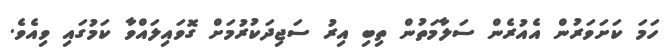
ހަމަ ކަށަވަރުން އެއުރެން ސަލާމަތުން ތިބި އިރު ސަޖިދަކުރުމަށް ގޮވައިލައްވާ ކަމުގައި ވިއެވެ.